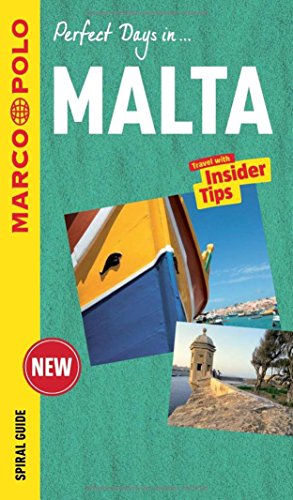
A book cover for Malta Marco Polo Spiral Guide (Marco Polo Spiral Guides); Marco Polo Travel Publishing; Travel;